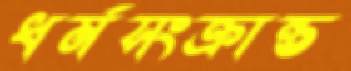
ধর্মসংক্রান্ত